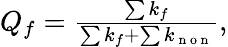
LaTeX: \begin{array}{r}{Q_{f}=\frac{\sum k_{f}}{\sum k_{f}+\sum k_{\mathrm{~n~o~n~}}},}\end{array}